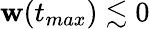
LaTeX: \mathbf{w}(t_{max})\lesssim0